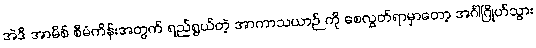
အဲဒီ အာမိစ် စီမံကိန်းအတွက် ရည်ရွယ်တဲ့ အာကာသယာဉ် ကို စေလွှတ်ရာမှာတော့ အင်္ဂါဂြိုဟ်သွား